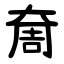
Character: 奝